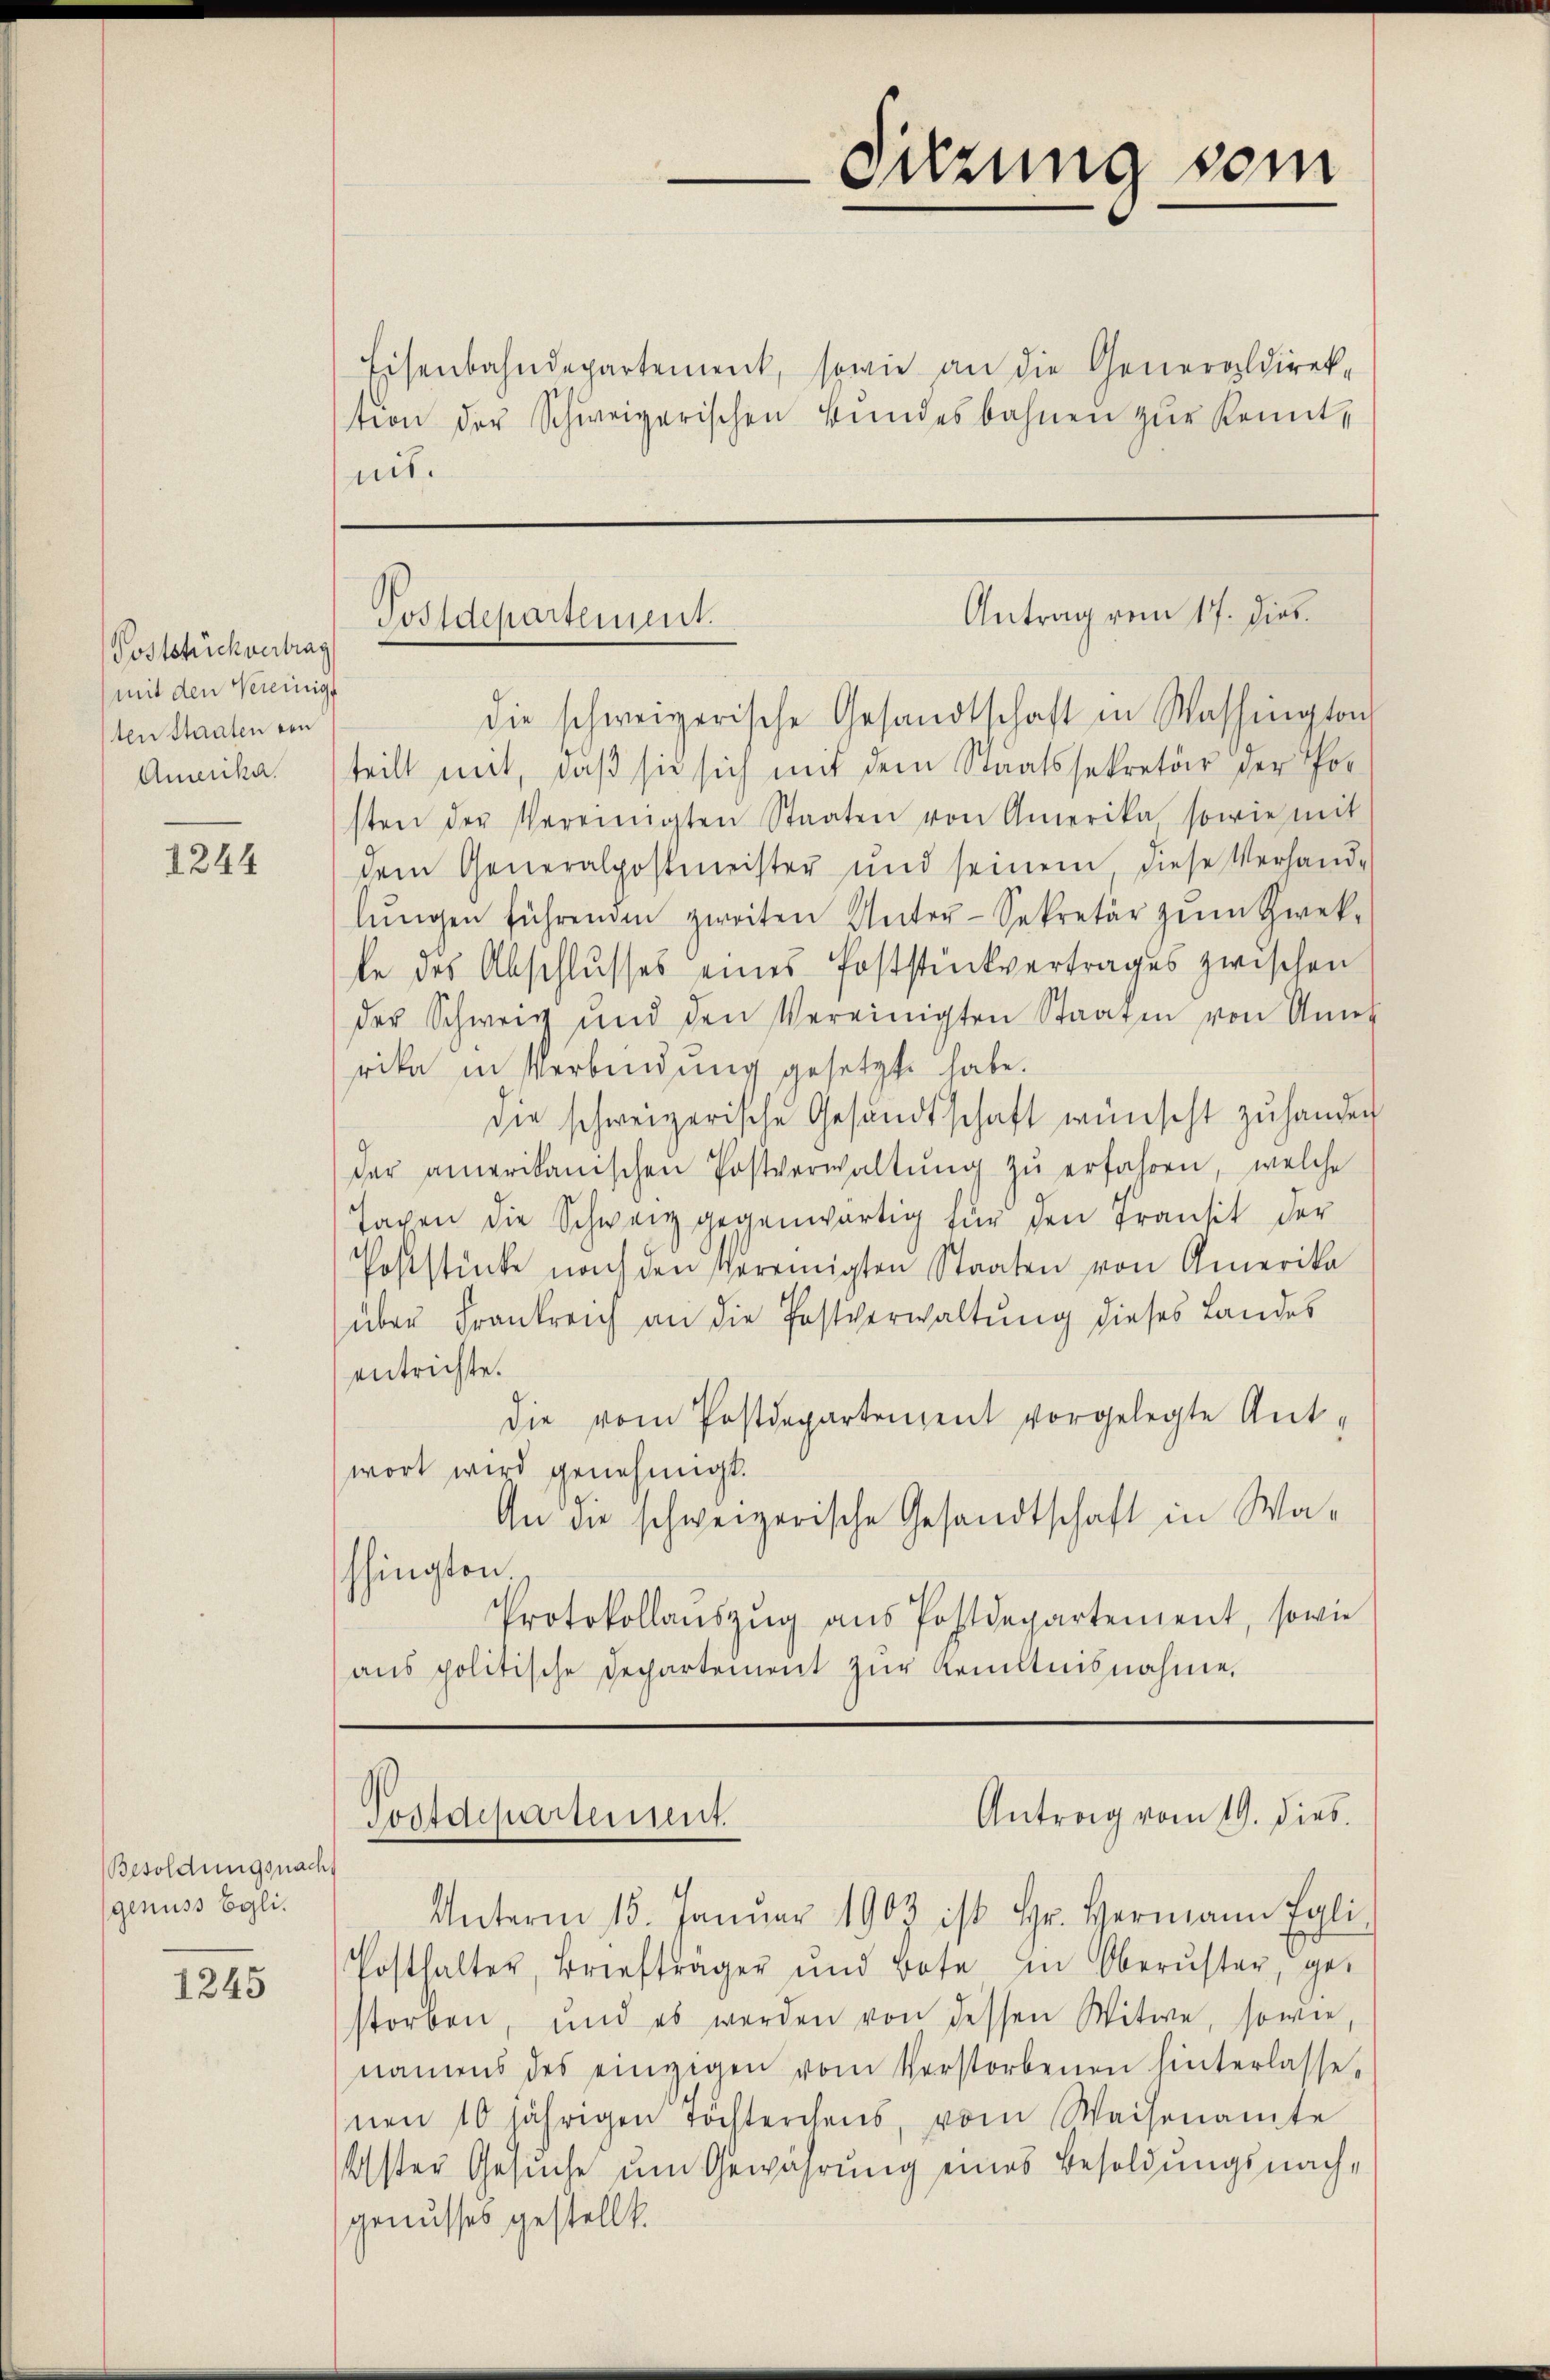
Poststück vertrag
mit den Vereinige
ten Staaten von
Amerika.

1244

Besoldungsnach
genuss Egli.

1245

Eisenbahndepartement, sowie an die Generaldirektion der Schweizerischen Bŭndesbahnen zŭr Kennt,
nit.

die schweizerische Gesandtschaft in Washington
teilt mit, daß sie sich mit dem Staatssekretär der Por
sten der Vereinigten Staaten von Amerika, sowie mit
dem Generalpostmeister und seinem, diese Verhand-
lŭngen führenden zweiten Unter-Sekretär zum Zwek-
fe des Abschlusses eines Poststückvertrages zwischen
der Schweiz und den Vereinigten Staaten von Ant
rika in Verbindung gesetzt habe.
die schweizerische Gesandtschaft wünscht zŭ hander
der amerikanischen Postverwaltŭng zŭ erfahren, welche
sagen die Schweiz gegenwärtig für den Transit der
Poststücke nach den Vereinigten Staaten von Amerika
über Frankreich an die Postverwaltung dieses Landes
entrichte.
die vom Postdepartement vorgelegte Ant-
wort wird genehmigt.
An die schweizerische Gesandtschaft in Washingten.
Protokollauszug aus Postdepartement, sowie
aus politische Dechartement zur Kenntnisnahme,

Sitzung vom

Antrag vom 17. die
Postdepartement.

Antrag vom 19. dies
Postdepartement.

Unterm 15. Januar 1903 ist Hr. Hermann Egli
Posthalter, Briefträger und Bote in Oberŭster, ge-
storben, und es werden von dessen Witwe, sowie,
namens des eingegen vom Verstorbenen hinterlassenen 10 jährigen Töchterchens, vom Waisenamte
Uster Gesuche um Gewährung eines Besoldungsnachgenusses gestellt.